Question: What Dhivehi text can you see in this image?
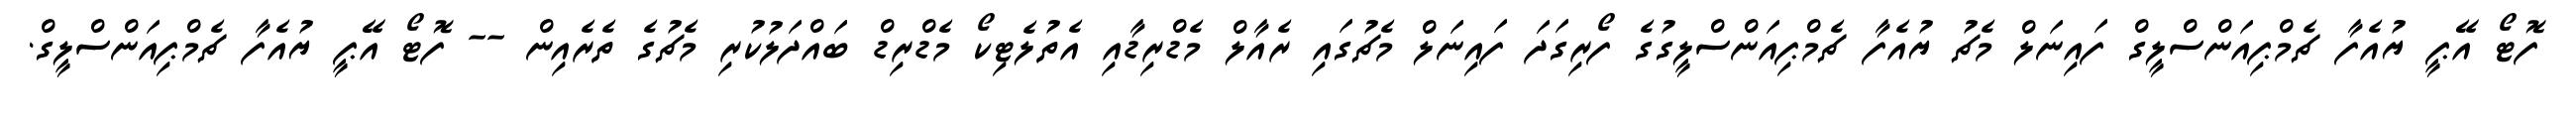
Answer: ފޮޓޯ އޭޕީ ޔުއެފާ ޗެމްޕިއަންސްލީގް ފައިނަލް މެޗު ޔުއެފާ ޗެމްޕިއަންސްލީގުގެ ފޯރިގަދަ ފައިނަލް މެޗުގައި ރެއާލް މެޑްރިޑާއި އެތުލެޓިކޯ މެޑްރިޑް ބައްދަލުކުރި މެޗުގެ ތެރެއިން -- ފޮޓޯ އޭޕީ ޔުއެފާ ޗެމްޕިއަންސްލީގް.